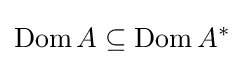
\operatorname {Dom} A\subseteq \operatorname {Dom} A^{*}